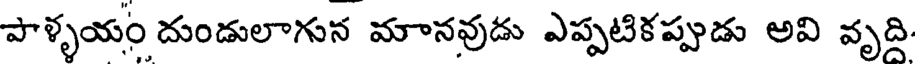
పాళ్ళయం దుండులాగున మానవుడు ఎప్పటికప్పుడు అవి వృది.